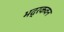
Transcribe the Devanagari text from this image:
भद्रकवन